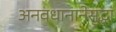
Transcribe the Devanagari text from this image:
अनवधानानेसुद्धा